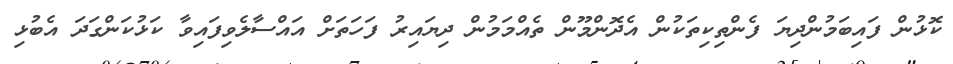
ކޮޅުން ފައިބަމުންދިޔަ ފެންތިކިތަކުން އެދޮންމޫން ތެއްމަމުން ދިޔައިރު ފަހަތަށް އައްސާލެވިފައިވާ ކަޅުކަންގަދަ އެބުޅި